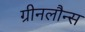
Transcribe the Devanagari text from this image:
ग्रीनलौन्स